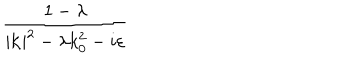
\frac { 1 - \lambda } { | \mathbf { k } | ^ { 2 } - \lambda k _ { 0 } ^ { 2 } - i \varepsilon }